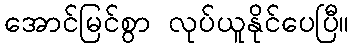
အောင်မြင်စွာ လုပ်ယူနိုင်ပေပြီ။